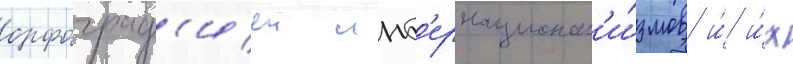
орфограф'иеи инт'ернационал'и́змов и́ и́х